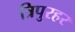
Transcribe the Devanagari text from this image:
त्रिपुरहर